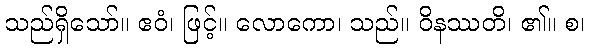
သည်ရှိသော်။ ဧဝံ၊ ဖြင့်။ လောကော၊ သည်။ ဝိနဿတိ၊ ၏။ စ၊